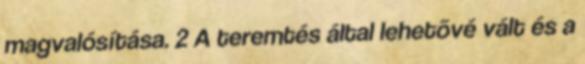
magvalósítása. 2 A teremtés által lehetõvé vált és a